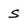
Character: s